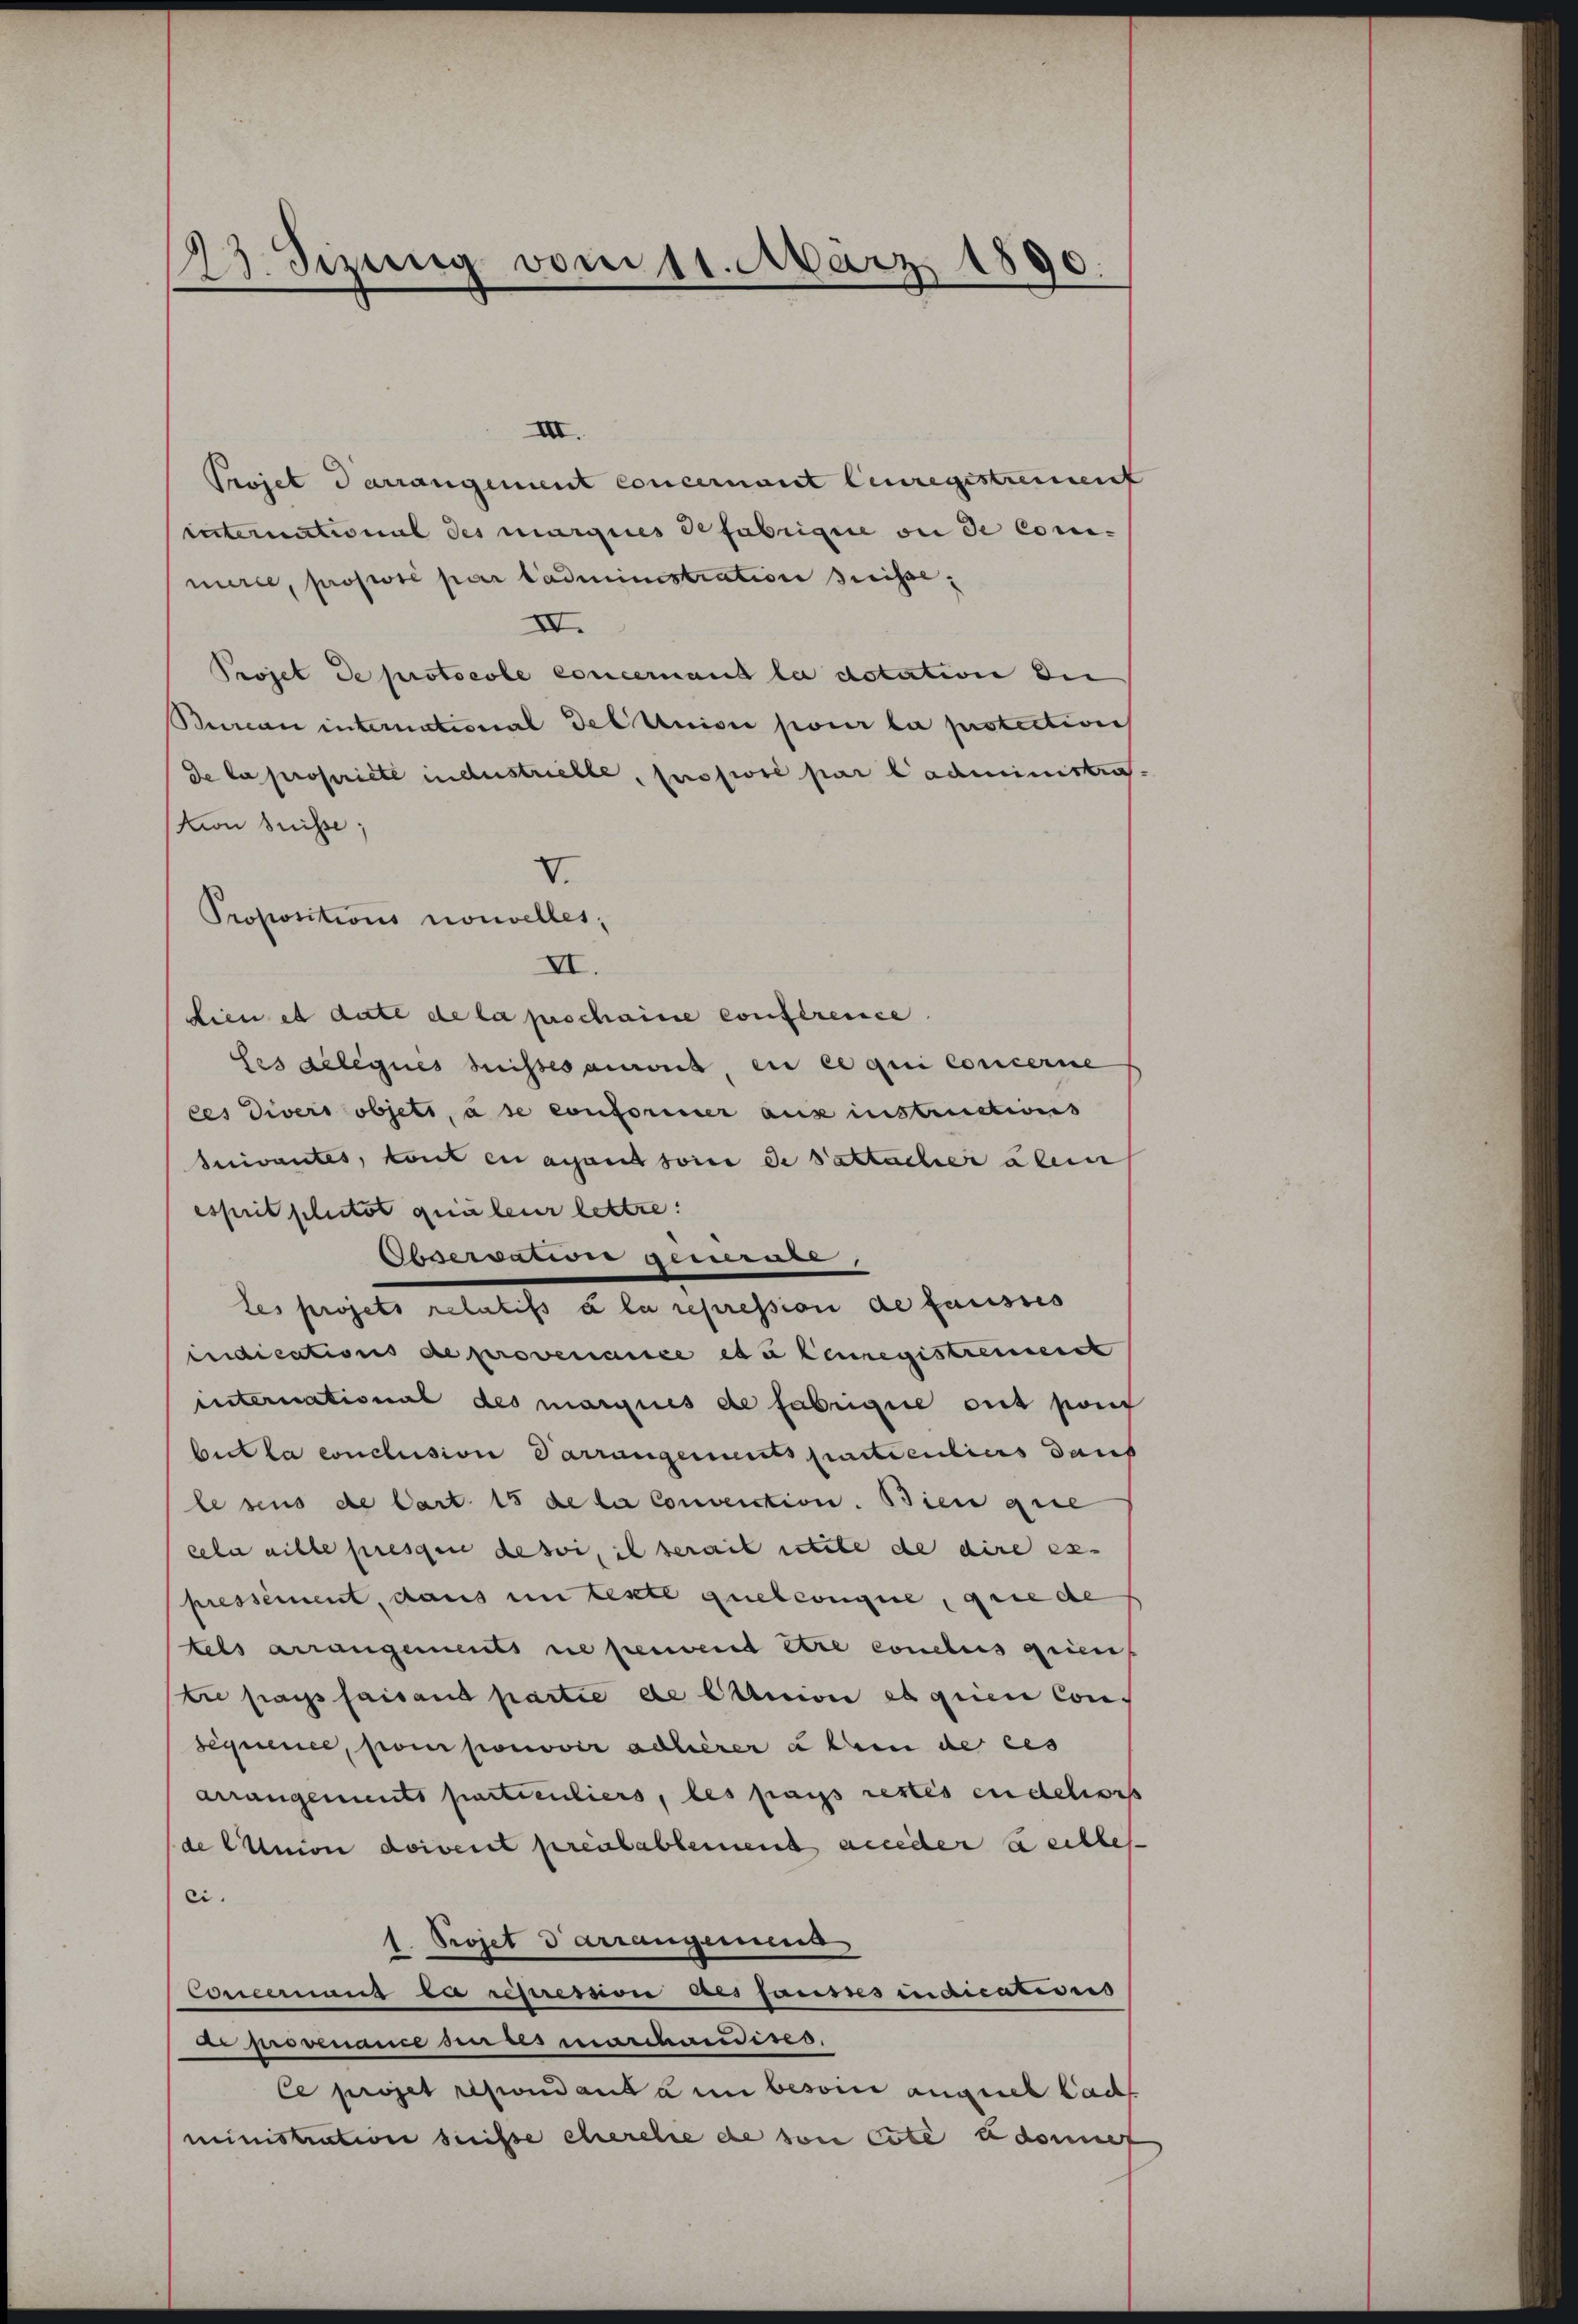
23. Sizung vom 11. März 1890.

III.
Projet darrangement concernant leuregestreinenf
international des margices defabrique ou de Comi-
merce, projioré par ladministration dreisse,
II.
Projet de protocole concernant la dotation die
Bureau international des union pour la protection
de la propriete industriebte, prosivre par l’administra¬
Kon Suisse.
Propositions nouvelles,
VI.
dien et date de la prochaine conference
ses gelegnes Suissesaurus, en ce qui concerne
ces Divers objets, à se conformier aus instructions
Inivantes, tout en avant sowie de sattacher aben
esprit plutot quäleur lettre:
tes projets relatifs à la repression de fausses
indications de provenance a leiregistrement
international des marques de fabrique ont pont
bit la conclusion Parrangements partientiers darf
lesens de Cart. 15 de la Convention. Bien gese
cela eille pressene de soi, il serait stete de dire es
pressement, dans im teste quelconque, grie de
tels arrangements ne peuvent être conclus grien
tre pays faisans partie de Caution et quien Con¬
Sequence, pour ponover adlerer aben de ces
arrangements particuliers, les pas restes endelis
de Cunion doivent préalablement acceder a eilles
ei.
1. Projet darrangemeng
Concernaus la restreron Des fonds indications
di provenance ein res marchwedises,
Ce projet répondant à un besoin auguel lad
ministration suisse cherche de son cata udomet

V.

Supersoriser geen